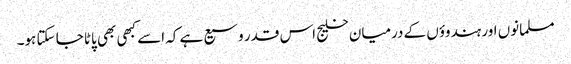
مسلمانوں اور ہندوؤں کے درمیان خلیج اس قدر وسیع ہے کہ اسے کبھی بھی پاٹا جا سکتا ہو۔